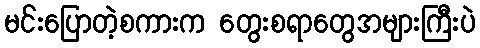
မင်းပြောတဲ့စကားက တွေးစရာတွေအများကြီးပဲ